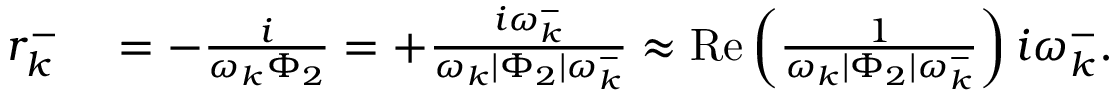
\begin{array} { r l } { r _ { k } ^ { - } } & { { } = - \frac { i } { \omega _ { k } \Phi _ { 2 } } = + \frac { i \omega _ { k } ^ { - } } { \omega _ { k } | \Phi _ { 2 } | \omega _ { k } ^ { - } } \approx \operatorname { R e } \left( \frac { 1 } { \omega _ { k } | \Phi _ { 2 } | \omega _ { k } ^ { - } } \right) i \omega _ { k } ^ { - } . } \end{array}